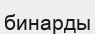
бинарды